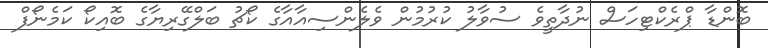
ބޮންޑާ ޕްރެކްޓިހަސް ނުދާތީވެ ސުވާލު ކުރުމުން ވެލެންސިއާއާގެ ކޯޗު ބަލްގޭރިޔާގެ ބޮއިކޯ ކަމެނޯފް